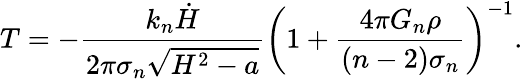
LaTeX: T=-\frac{k_{n}\dot{H}}{2\pi\sigma_{n}\sqrt{H^{2}-a}}\left(1+\frac{4\pi G_{n}\rho}{(n-2)\sigma_{n}}\right)^{-1}.